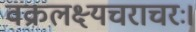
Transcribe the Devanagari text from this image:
वक्रलक्ष्यचराचरः।